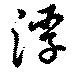
浮